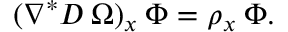
( \nabla ^ { * } D \: \Omega ) _ { x } \: \Phi = \rho _ { x } \: \Phi .